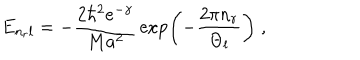
LaTeX: E _ { n _ { r } l } = - \frac { 2 \hbar ^ { 2 } e ^ { - \gamma } } { M a ^ { 2 } } \, \exp \left( - \frac { 2 \pi n _ { r } } { \Theta _ { l } } \right) \; ,